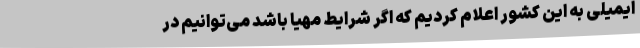
ایمیلی به این کشور اعلام کردیم که اگر شرایط مهیا باشد می‌توانیم در